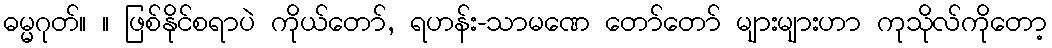
ဓမ္မဂုတ်။ ။ ဖြစ်နိုင်စရာပဲ ကိုယ်တော်, ရဟန်း-သာမဏေ တော်တော် များများဟာ ကုသိုလ်ကိုတော့